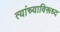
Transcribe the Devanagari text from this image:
त्यांच्याविरूध्द